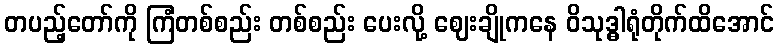
တပည့်တော်ကို ကြံတစ်စည်း တစ်စည်း ပေးလို့ ဈေးချိုကနေ ဝိသုဒ္ဓါရုံတိုက်ထိအောင်